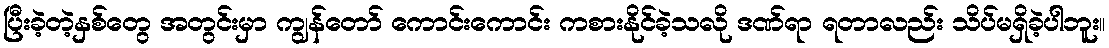
ပြီးခဲ့တဲ့နှစ်တွေ အတွင်းမှာ ကျွန်တော် ကောင်းကောင်း ကစားနိုင်ခဲ့သလို ဒဏ်ရာ ရတာလည်း သိပ်မရှိခဲ့ပါဘူး။